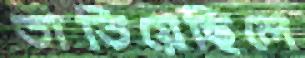
তাতিয়েছিলে